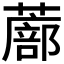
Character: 𫉾